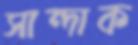
সান্দাক